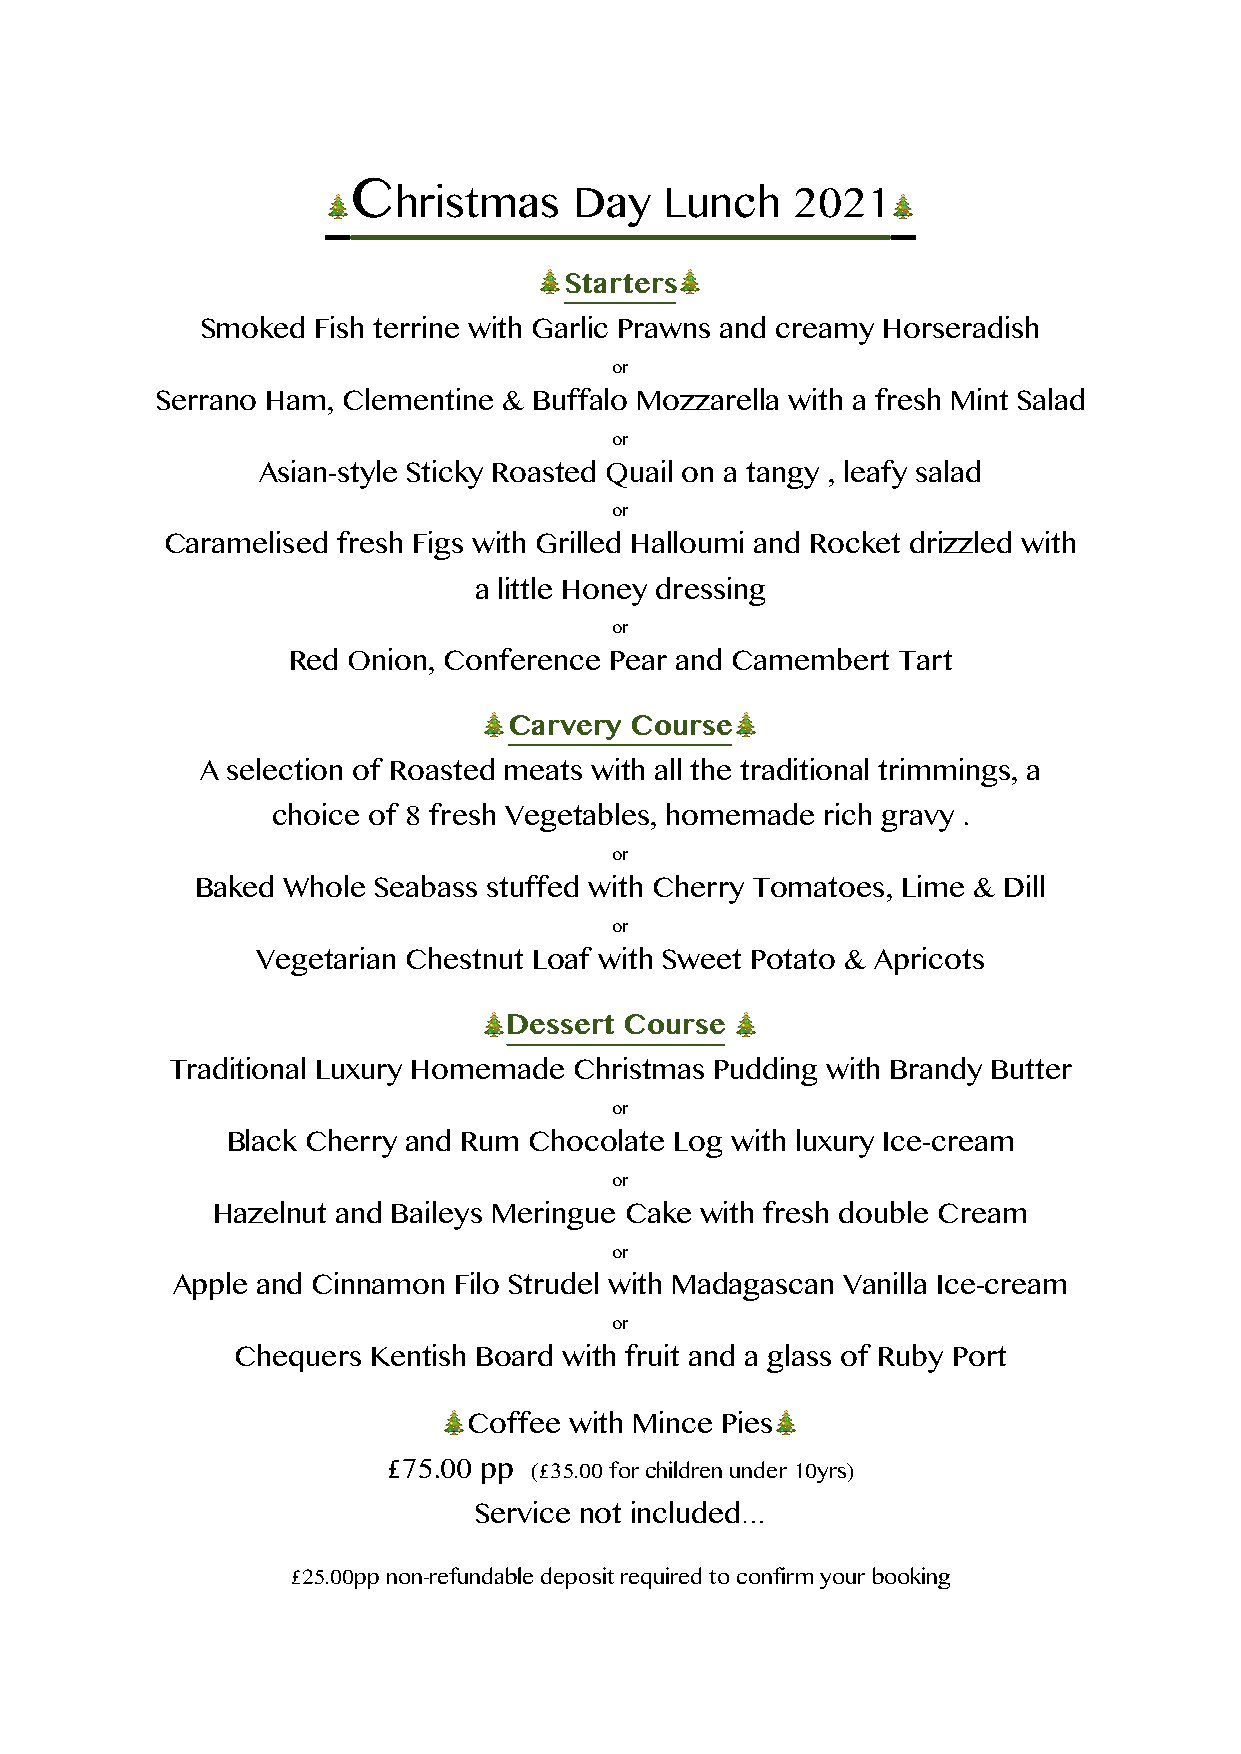
🎄Christmas
 Day   Lunch
 2021🎄
 🎄        🎄
 Starters
 Smoked  Fish terrine with Garlic Prawns and creamy Horseradish
 or
 Serrano Ham, Clementine & Buffalo Mozzarella with a fresh Mint Salad
 or
 Asian-style Sticky Roasted Quail on a tangy , leafy salad
 or
 Caramelised fresh Figs with Grilled Halloumi and Rocket drizzled with
 a little Honey dressing
 or
 Red Onion, Conference Pear and Camembert Tart
 🎄               🎄
 Carvery Course
 A selection of Roasted meats with all the traditional trimmings, a
 choice of 8 fresh Vegetables, homemade rich gravy .
 or
 Baked Whole Seabass stuffed with Cherry Tomatoes, Lime & Dill
 or
 Vegetarian Chestnut Loaf with Sweet Potato & Apricots
 🎄                🎄
 Dessert Course
 Traditional Luxury Homemade Christmas Pudding with Brandy Butter
 or
 Black Cherry and Rum Chocolate Log with luxury Ice-cream
 or
 Hazelnut and Baileys Meringue Cake with fresh double Cream
 or
 Apple and Cinnamon Filo Strudel with Madagascan Vanilla Ice-cream
 or
 Chequers Kentish Board with fruit and a glass of Ruby Port
 🎄                     🎄
 Coffee with Mince Pies
 £         £
 75.00 pp ( 35.00 for children under 10yrs)
 …
 Service not included
 £
 25.00pp non-refundable deposit required to confirm your booking